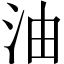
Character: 油